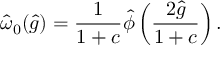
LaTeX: \widehat { \omega } _ { 0 } ( \widehat { g } ) = \frac { 1 } { 1 + c } \widehat { \phi } \left( \frac { 2 \widehat { g } } { 1 + c } \right) .